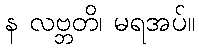
န လဗ္ဘတိ၊ မရအပ်။